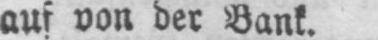
auf von der Bank.